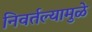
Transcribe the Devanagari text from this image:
निवर्तल्यामुळे